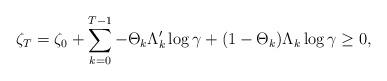
LaTeX: \begin{align*} \zeta_T = \zeta_0 + \sum_{k=0}^{T-1} - \Theta_k \Lambda_k' \log\gamma + (1 -\Theta_k) \Lambda_k \log\gamma \ge 0, \end{align*}